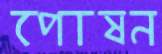
পোষন